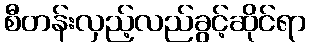
စီတန်းလှည့်လည်ခွင့်ဆိုင်ရာ